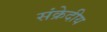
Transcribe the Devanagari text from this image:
संक्रेदीय